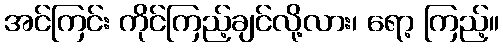
အင်ကြင်း ကိုင်ကြည့်ချင်လို့လား၊ ရော့ ကြည့်။